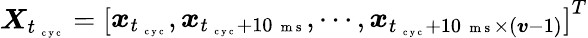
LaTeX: \boldsymbol X_{t_{\mathrm{~\scriptsize~c~y~c~}}}=\left[\begin{array}{l}{\boldsymbol x_{t_{\mathrm{~\scriptsize~c~y~c~}}},\boldsymbol x_{t_{\mathrm{~\scriptsize~c~y~c~}}+10\mathrm{~\scriptsize~m~s~}},\cdots,\boldsymbol x_{t_{\mathrm{~\scriptsize~c~y~c~}}+10\mathrm{~\scriptsize~m~s~}\times(\boldsymbol v-1)}}\end{array}\right]^{T}